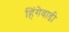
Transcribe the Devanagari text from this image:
हिंगेवाडी